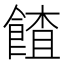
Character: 餷